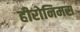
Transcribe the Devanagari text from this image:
हीरोनिमस